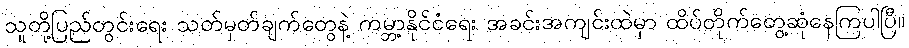
သူတို့ပြည်တွင်းရေး သတ်မှတ်ချက်တွေနဲ့ ကမ္ဘာ့နိုင်ငံရေး အခင်းအကျင်းထဲမှာ ထိပ်တိုက်တွေ့ဆုံနေကြပါပြီ။